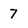
Character: 7